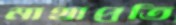
মাথাপ্রতি